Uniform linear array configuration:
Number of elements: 12
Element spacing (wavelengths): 1
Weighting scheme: blackman
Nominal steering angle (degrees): -30
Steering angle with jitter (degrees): -28.507
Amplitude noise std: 0.05
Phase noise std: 0.05

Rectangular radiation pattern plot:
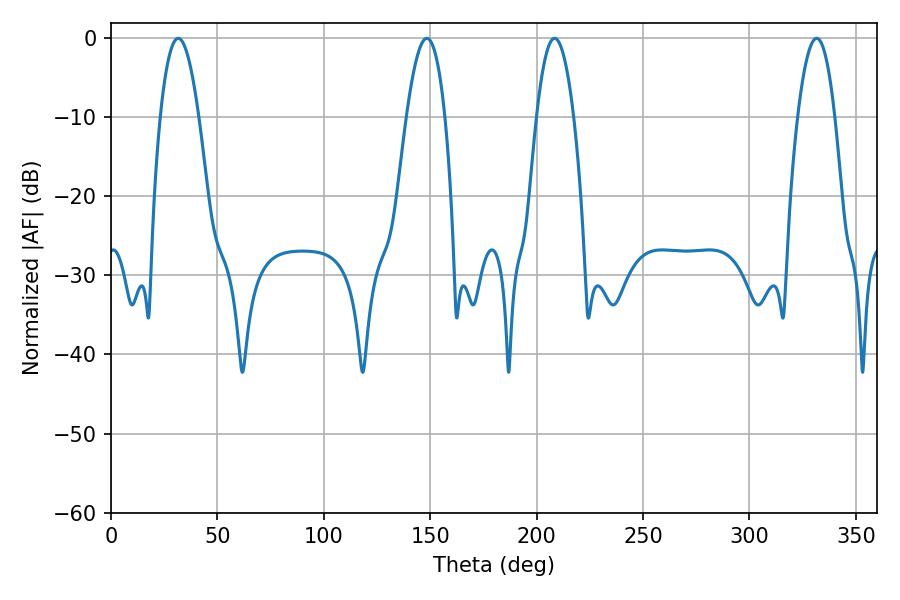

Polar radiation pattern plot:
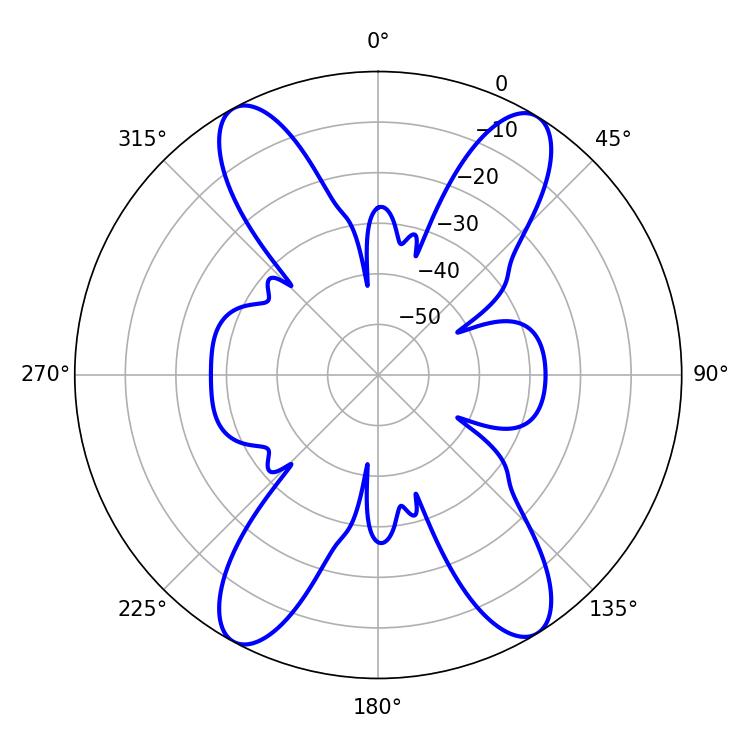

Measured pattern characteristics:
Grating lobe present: TRUE
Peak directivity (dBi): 18.999
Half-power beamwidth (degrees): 9.54
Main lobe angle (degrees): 208.44